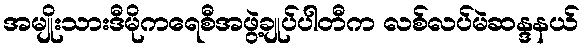
အမျိုးသားဒီမိုကရေစီအဖွဲ့ချုပ်ပါတီက လစ်လပ်မဲဆန္ဒနယ်